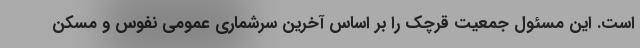
است. این مسئول جمعیت قرچک را بر اساس آخرین سرشماری عمومی نفوس و مسکن